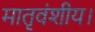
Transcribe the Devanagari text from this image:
मातृवंशीय।